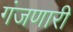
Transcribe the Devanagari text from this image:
गंजणारी